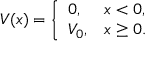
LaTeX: V ( x ) = { \left\{ \begin{array} { l l } { 0 , } & { x < 0 , } \\ { V _ { 0 } , } & { x \geq 0 . } \end{array} \right. }